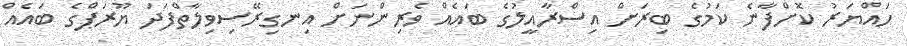
ހައްޔަރު ކޮށްފާނެ ކަމުގެ ބިރަށް އިސްރާއީލުގެ ބައެއް ވެރިންނަށް އިނގިރޭސިވިލާތްފަދަ ޔޫރަޕްގެ ބައެއް